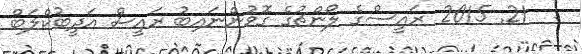
:  21